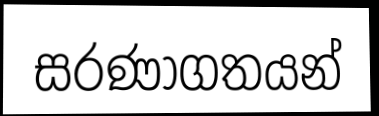
සරණාගතයන්